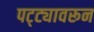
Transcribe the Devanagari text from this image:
पट्ट्यावरून